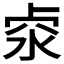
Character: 𠧶